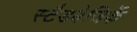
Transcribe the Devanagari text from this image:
स्टैडबेजिर्के